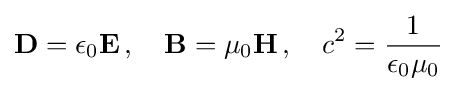
\mathbf {D} =\epsilon _{0}\mathbf {E} \,,\quad \mathbf {B} =\mu _{0}\mathbf {H} \,,\quad c^{2}={\frac {1}{\epsilon _{0}\mu _{0}}}